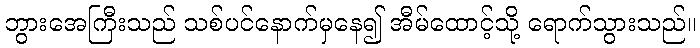
ဘွားအေကြီးသည် သစ်ပင်နောက်မှနေ၍ အီမ်ထောင့်သို့ ရောက်သွားသည်။